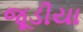
જૂડીયા